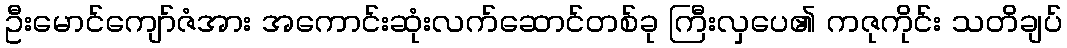
ဦးမောင်ကျော်ဇံအား အကောင်းဆုံးလက်ဆောင်တစ်ခု ကြီးလှပေ၏ ကဇုကိုင်း သတိချပ်